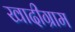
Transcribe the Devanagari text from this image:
खादीग्राम